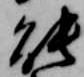
能